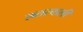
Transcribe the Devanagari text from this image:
लतरवाली